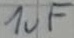
Text: 1µF